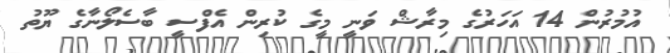
އުމުރުން 14 އަހަރުގެ މިރާޝް ވަނީ މީގެ ކުރިން އެފްސީ ބާސެލޯނާގެ ޔޫތު